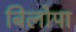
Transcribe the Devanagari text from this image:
बिलोपा